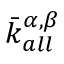
\bar { k } _ { a l l } ^ { \alpha , \beta }